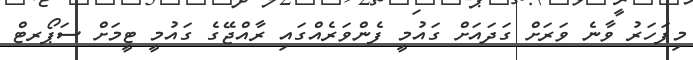
މިފަހަރު ވާނެ ވަރަށް ގަދައަށް ގައުމީ ފެންވަރެއްގައި ރާއްޖޭގެ ގައުމީ ޓީމަށް ސަޕޯރޓް